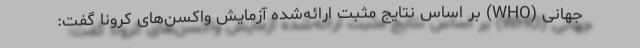
جهانی (WHO) بر اساس نتایج مثبت ارائه‌شده آزمایش واکسن‌های کرونا گفت: